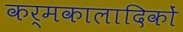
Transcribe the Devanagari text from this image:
कर्मकालादिकों